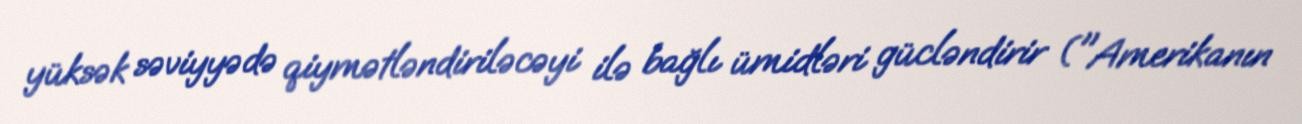
yüksək səviyyədə qiymətləndiriləcəyi ilə bağlı ümidləri gücləndirir ("Amerikanın